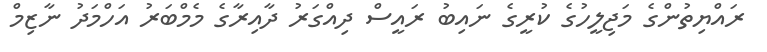
ރައްޔިތުންގެ މަޖިލީހުގެ ކުރީގެ ނައިބު ރައީސް ދިއްގަރު ދާއިރާގެ މެމްބަރު އަހްމަދު ނާޒިމް